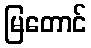
မြတောင်